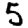
Digit: 5